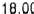
18.00